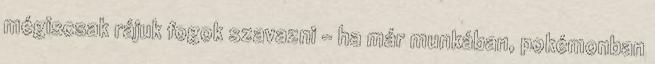
mégiscsak rájuk fogok szavazni – ha már munkában, pokémonban